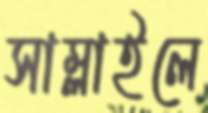
সাম্‌লাইলে